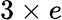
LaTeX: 3\times e